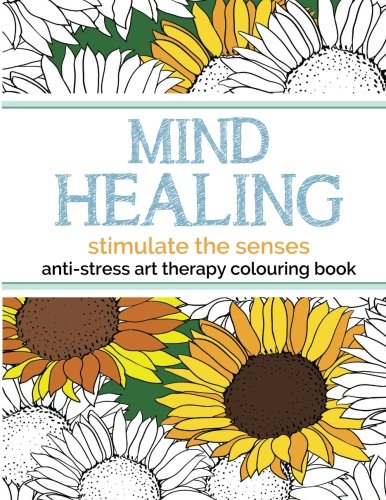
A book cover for Mind Healing Anti-Stress Art Therapy Colouring Book: Stimulate The Senses: Experience relaxation and stimulation through colouring; Christina Rose; Arts & Photography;